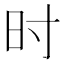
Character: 时